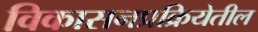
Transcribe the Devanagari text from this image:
विकासनप्रक्रियेतील